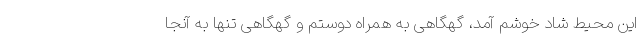
این محیط شاد خوشم آمد، گهگاهی به همراه دوستم و گهگاهی تنها به آنجا